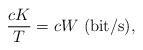
LaTeX: \begin{align*}\frac{cK}{T}=cW~\mathrm{(bit/s)},\end{align*}